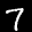
Label: 7